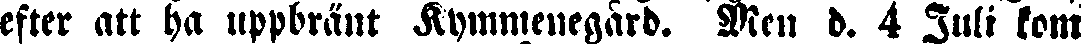
efter att ha uppbränt Kymmenegård. Men d. 4 Juli kom